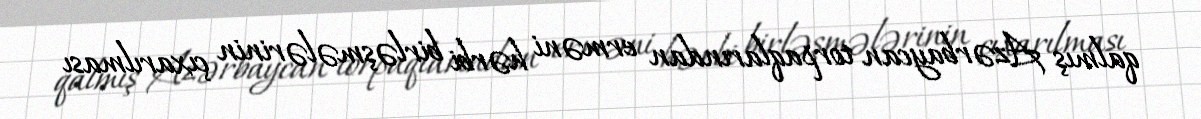
qalmış Azərbaycan torpaqlarından erməni hərbi birləşmələrinin çıxarılması